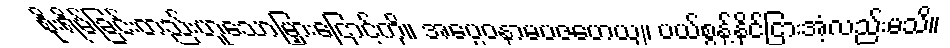
စိုးရိမ်ခြင်းတည်းဟူသောမြှားငြောင့်ကို။ အပ္ပေဝနာမပဇဟေယျ၊ ပယ်စွန့်နိုင်ငြားအံ့လည်းမသိ။